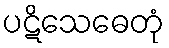
ပဋိသေဓေတုံ